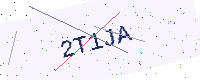
Text: 2T1JA